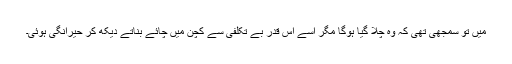
میں تو سمجھی تھی کہ وہ چلا گیا ہوگا مگر اسے اس قدر بے تکلفی سے کچن میں چائے بناتے دیکھ کر حیرانگی ہوئی۔